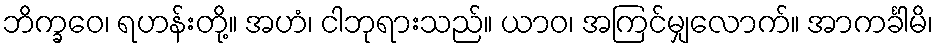
ဘိက္ခဝေ၊ ရဟန်းတို့။ အဟံ၊ ငါဘုရားသည်။ ယာဝ၊ အကြင်မျှလောက်။ အာကင်္ခါမိ၊